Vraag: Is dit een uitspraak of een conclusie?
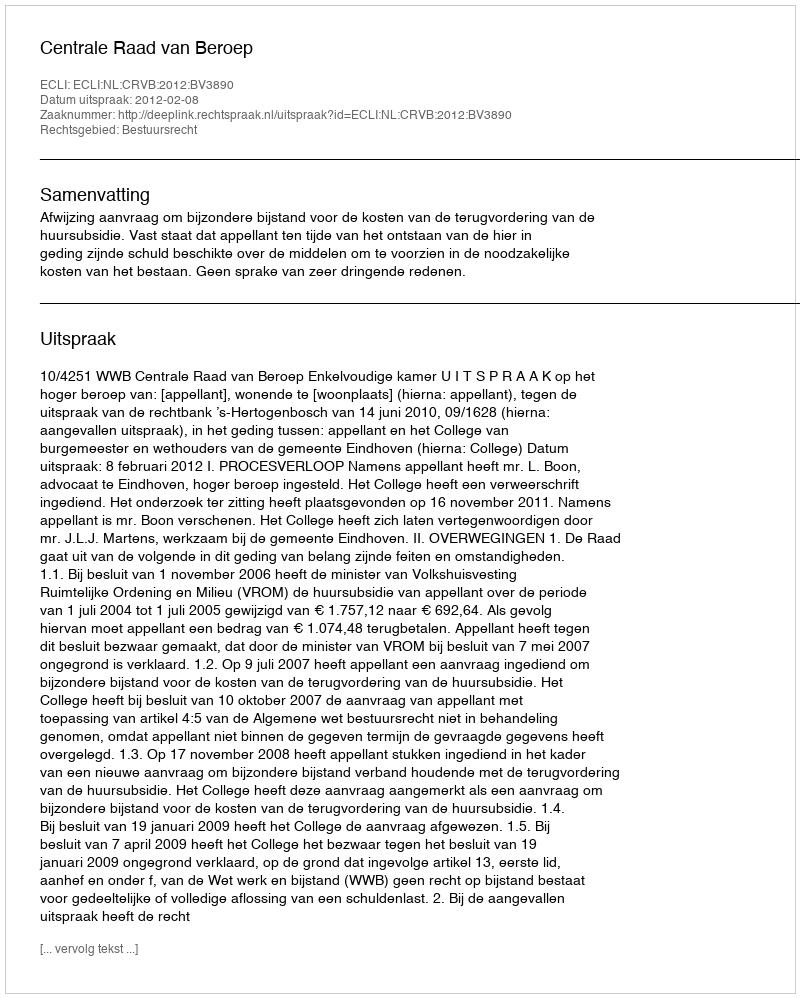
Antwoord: Uitspraak